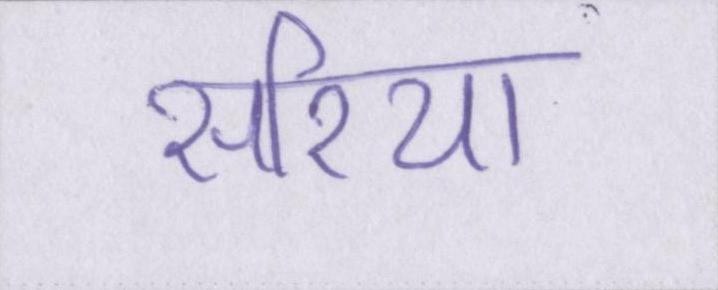
सरिया